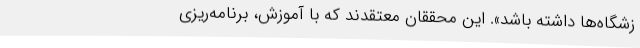
زشگاه‌ها داشته باشد». این محققان معتقدند که با آموزش، برنامه‌ریزی